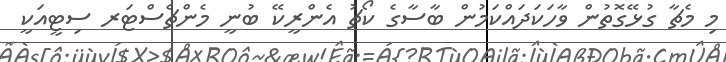
މި މެޗާ ގުޅޭގޮތުން ވާހަކަދައްކަމުން ބާސާގެ ކޯޗު އެންރީކޭ ބުނީ މެންޗެސްޓަރ ސިޓީއަކީ